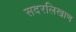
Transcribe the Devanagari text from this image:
सदरलिखाण